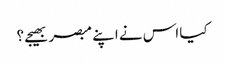
کیا اس نے اپنے مبصر بھیجے ؟